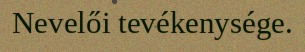
Nevelői tevékenysége.